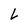
Character: L